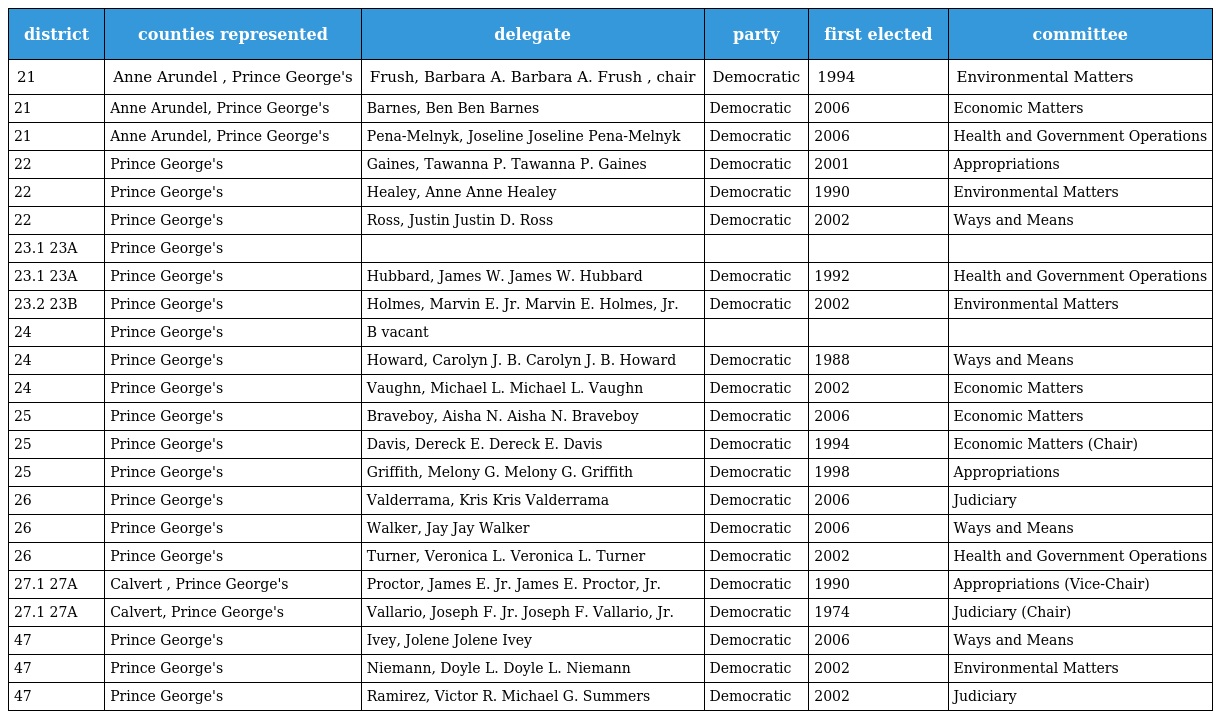
| district | counties represented | delegate | party | first elected | committee |
 | --- | --- | --- | --- | --- | --- |
 | 21 | Anne Arundel , Prince George's | Frush, Barbara A. Barbara A. Frush , chair | Democratic | 1994 | Environmental Matters |
 | 21 | Anne Arundel, Prince George's | Barnes, Ben Ben Barnes | Democratic | 2006 | Economic Matters |
 | 21 | Anne Arundel, Prince George's | Pena-Melnyk, Joseline Joseline Pena-Melnyk | Democratic | 2006 | Health and Government Operations |
 | 22 | Prince George's | Gaines, Tawanna P. Tawanna P. Gaines | Democratic | 2001 | Appropriations |
 | 22 | Prince George's | Healey, Anne Anne Healey | Democratic | 1990 | Environmental Matters |
 | 22 | Prince George's | Ross, Justin Justin D. Ross | Democratic | 2002 | Ways and Means |
 | 23.1 23A | Prince George's |  |  |  |  |
 | 23.1 23A | Prince George's | Hubbard, James W. James W. Hubbard | Democratic | 1992 | Health and Government Operations |
 | 23.2 23B | Prince George's | Holmes, Marvin E. Jr. Marvin E. Holmes, Jr. | Democratic | 2002 | Environmental Matters |
 | 24 | Prince George's | B vacant |  |  |  |
 | 24 | Prince George's | Howard, Carolyn J. B. Carolyn J. B. Howard | Democratic | 1988 | Ways and Means |
 | 24 | Prince George's | Vaughn, Michael L. Michael L. Vaughn | Democratic | 2002 | Economic Matters |
 | 25 | Prince George's | Braveboy, Aisha N. Aisha N. Braveboy | Democratic | 2006 | Economic Matters |
 | 25 | Prince George's | Davis, Dereck E. Dereck E. Davis | Democratic | 1994 | Economic Matters (Chair) |
 | 25 | Prince George's | Griffith, Melony G. Melony G. Griffith | Democratic | 1998 | Appropriations |
 | 26 | Prince George's | Valderrama, Kris Kris Valderrama | Democratic | 2006 | Judiciary |
 | 26 | Prince George's | Walker, Jay Jay Walker | Democratic | 2006 | Ways and Means |
 | 26 | Prince George's | Turner, Veronica L. Veronica L. Turner | Democratic | 2002 | Health and Government Operations |
 | 27.1 27A | Calvert , Prince George's | Proctor, James E. Jr. James E. Proctor, Jr. | Democratic | 1990 | Appropriations (Vice-Chair) |
 | 27.1 27A | Calvert, Prince George's | Vallario, Joseph F. Jr. Joseph F. Vallario, Jr. | Democratic | 1974 | Judiciary (Chair) |
 | 47 | Prince George's | Ivey, Jolene Jolene Ivey | Democratic | 2006 | Ways and Means |
 | 47 | Prince George's | Niemann, Doyle L. Doyle L. Niemann | Democratic | 2002 | Environmental Matters |
 | 47 | Prince George's | Ramirez, Victor R. Michael G. Summers | Democratic | 2002 | Judiciary |